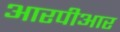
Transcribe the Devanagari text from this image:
आरपीआर